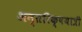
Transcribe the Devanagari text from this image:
अन्तरिक्षयात्री